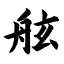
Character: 舷